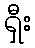
ရှီး